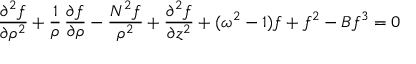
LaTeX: { \frac { \partial ^ { 2 } f } { \partial \rho ^ { 2 } } } + { \frac { 1 } { \rho } } \, { \frac { \partial f } { \partial \rho } } - { \frac { N ^ { 2 } f } { \rho ^ { 2 } } } + { \frac { \partial ^ { 2 } f } { \partial z ^ { 2 } } } + ( \omega ^ { 2 } - 1 ) f + f ^ { 2 } - B f ^ { 3 } = 0